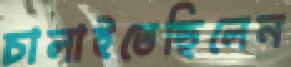
চালাইতেছিলেন